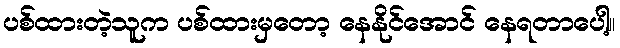
ပစ်ထားတဲ့သူက ပစ်ထားမှတော့ နေနိုင်အောင် နေရတာပေါ့။